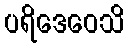
ပရိဒေဝေသိ